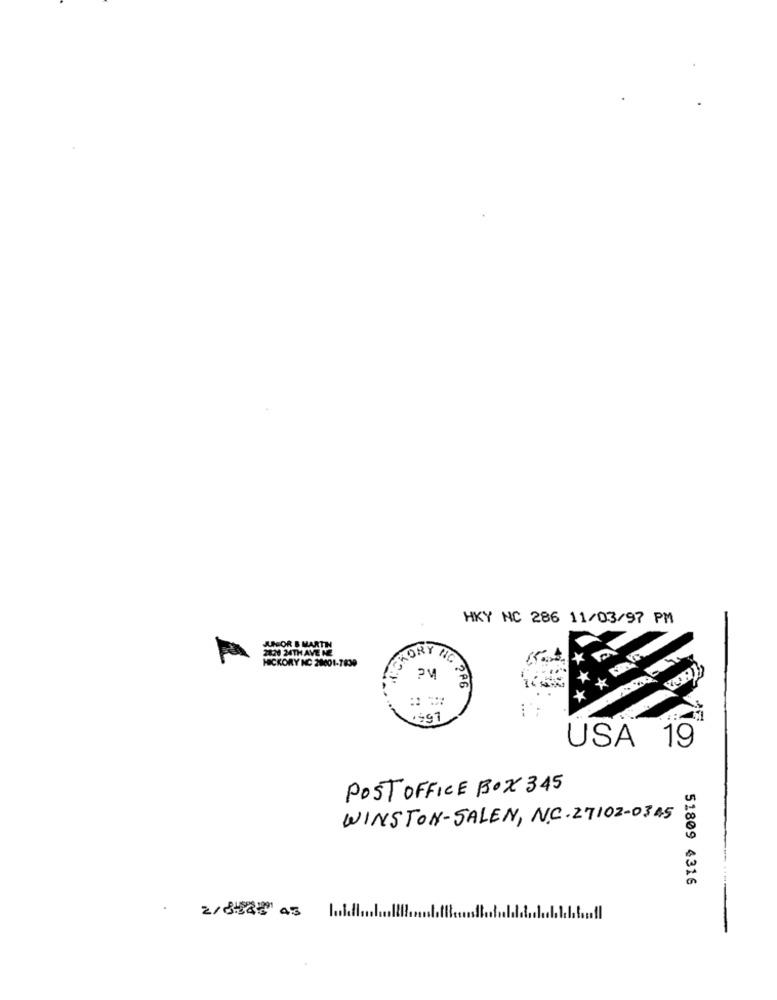
HKY NC 286 11/03/97 PM
ABSOR B MARTIN
28:20 24THAVE NE
HICKORY NC 28001-7830
KORY NO
1991
USA 19
POST OFFICE BOX 345
WINSTON-SALEN, N.C.27102-0345
51809 4316
2/8482 45 Il